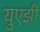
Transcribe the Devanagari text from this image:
युएझी